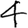
Digit: 4